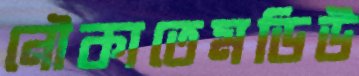
নৌকাতেমডিউ